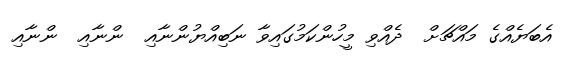
އެބަޔެއްގެ މައްޗަށް  ދެއްވި މީހުންކަމުގައިވާ ނަބިއްޔުންނާއި  ންނާއި  ންނާއި